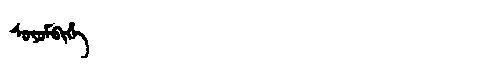
Manchu: ᠰᠣᠶᠣᠮᠪᡳᡥᡝ
Romanization: SOYOMBIHE